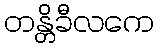
တန္တိခီလကေ